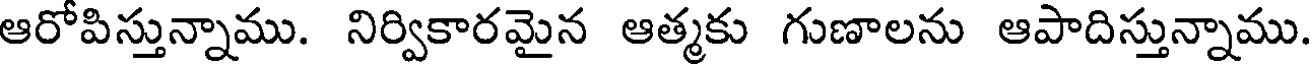
ఆరోపిస్తున్నాము. నిర్వికారమైన ఆత్మకు గుణాలను ఆపాదిస్తున్నాము.